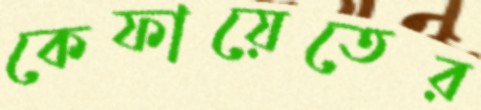
কেফায়েতের